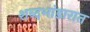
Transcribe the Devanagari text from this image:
शब्दभांडारात